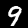
Label: 9